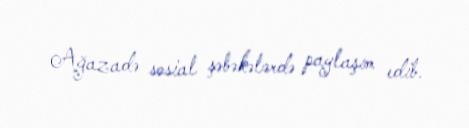
Ağazadə sosial şəbəkələrdə paylaşım edib.